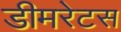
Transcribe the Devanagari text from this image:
डीमरेटस